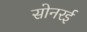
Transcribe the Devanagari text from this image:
सोनरई